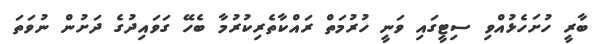
ބާރީ ހުށަހެޅުއްވި ސިޓީގައި ވަނީ ހުރުމަތް ރައްކާތެރިކުރުމާ ބެހޭ ގަވައިދުގެ ދަށުން ނުވަތަ